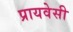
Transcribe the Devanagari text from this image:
प्रायवेसी